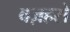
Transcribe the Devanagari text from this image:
वज़हसे